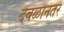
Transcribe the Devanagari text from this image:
देवळानंतर